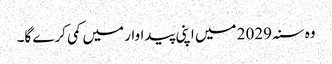
وہ سنہ 2029 میں اپنی پیداوار میں کمی کرے گا۔